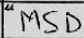
Transcription: MSD